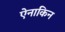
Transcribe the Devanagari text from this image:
ऐनाकिन